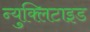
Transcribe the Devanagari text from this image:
न्युक्लिटाइड